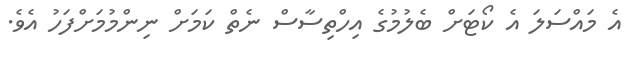
އެ މައްސަލަ އެ ކޯޓަށް ބެލުމުގެ އިހްތިސާސް ނެތް ކަމަށް ނިންމުމަށްފަހު އެވެ.